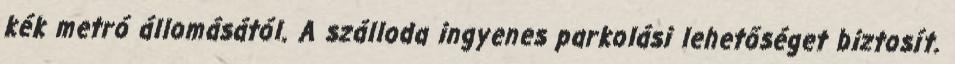
kék metró állomásától. A szálloda ingyenes parkolási lehetőséget biztosít.